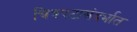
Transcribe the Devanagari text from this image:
चित्रपटासंदर्भात